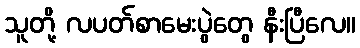
သူတို့ လပတ်စာမေးပွဲတွေ နီးပြီလေ။